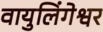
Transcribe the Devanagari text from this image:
वायुलिंगेश्वर